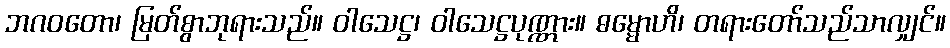
ဘဂဝတော၊ မြတ်စွာဘုရားသည်။ ဝါသေဋ္ဌ၊ ဝါသေဋ္ဌပုဏ္ဏား။ ဓမ္မောဟိ၊ တရားတော်သည်သာလျှင်။